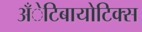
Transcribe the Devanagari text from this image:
अँेटिबायोटिक्स